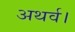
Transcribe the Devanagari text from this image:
अथर्व।